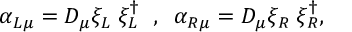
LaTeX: \alpha _ { L \mu } = D _ { \mu } \xi _ { L } \; \xi _ { L } ^ { \dagger } \; \; , \; \; \alpha _ { R \mu } = D _ { \mu } \xi _ { R } \; \xi _ { R } ^ { \dagger } ,